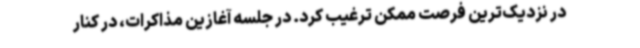
در نزدیک‌ترین فرصت ممکن ترغیب کرد. در جلسه آغازین مذاکرات، در کنار